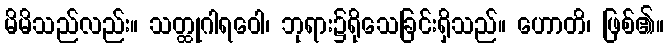
မိမိသည်လည်း။ သတ္ထုဂါရဝေါ၊ ဘုရား၌ရိုသေခြင်းရှိသည်။ ဟောတိ၊ ဖြစ်၏။